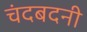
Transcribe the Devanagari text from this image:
चंदबदनी